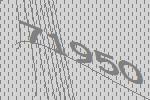
71950